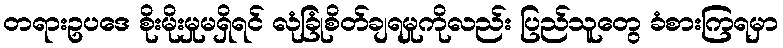
တရားဥပဒေ စိုးမိုးမှုမရှိရင် လုံခြုံစိတ်ချရမှုကိုလည်း ပြည်သူတွေ ခံစားကြရမှာ